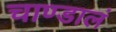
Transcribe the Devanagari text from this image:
चाण्डालं